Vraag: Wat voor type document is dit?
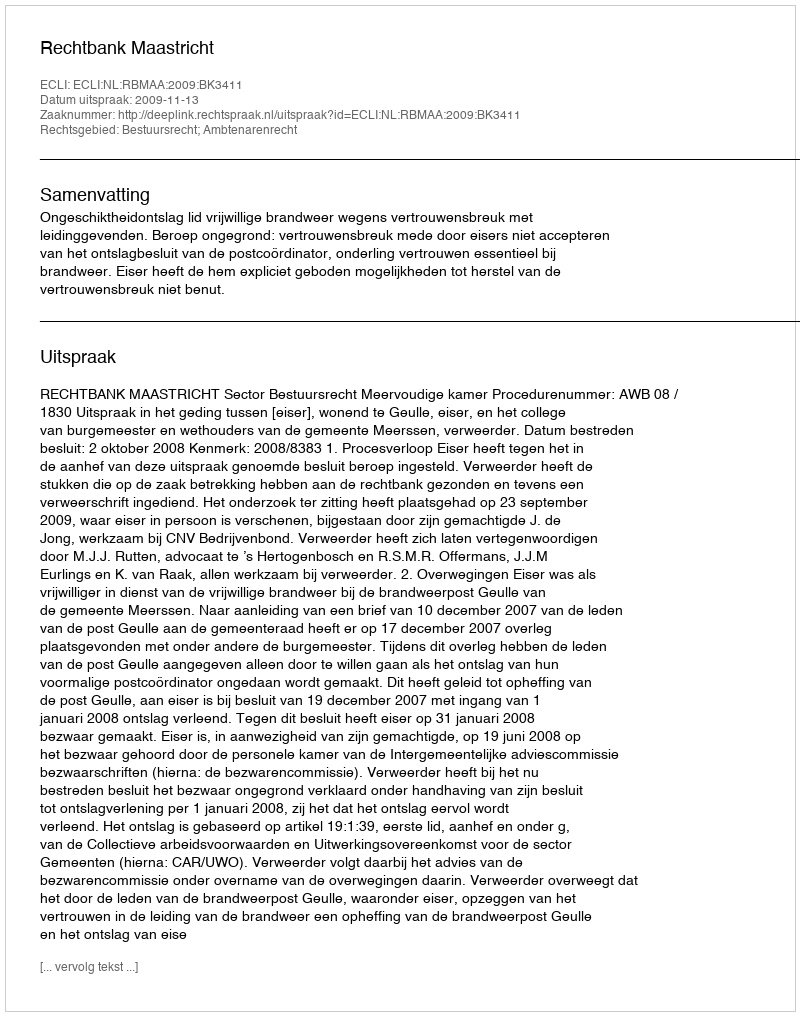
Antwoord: Uitspraak